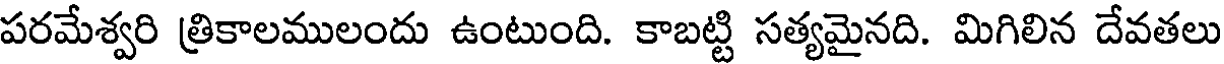
పరమేశ్వరి త్రికాలములందు ఉంటుంది. కాబట్టి సత్యమైనది. మిగిలిన దేవతలు